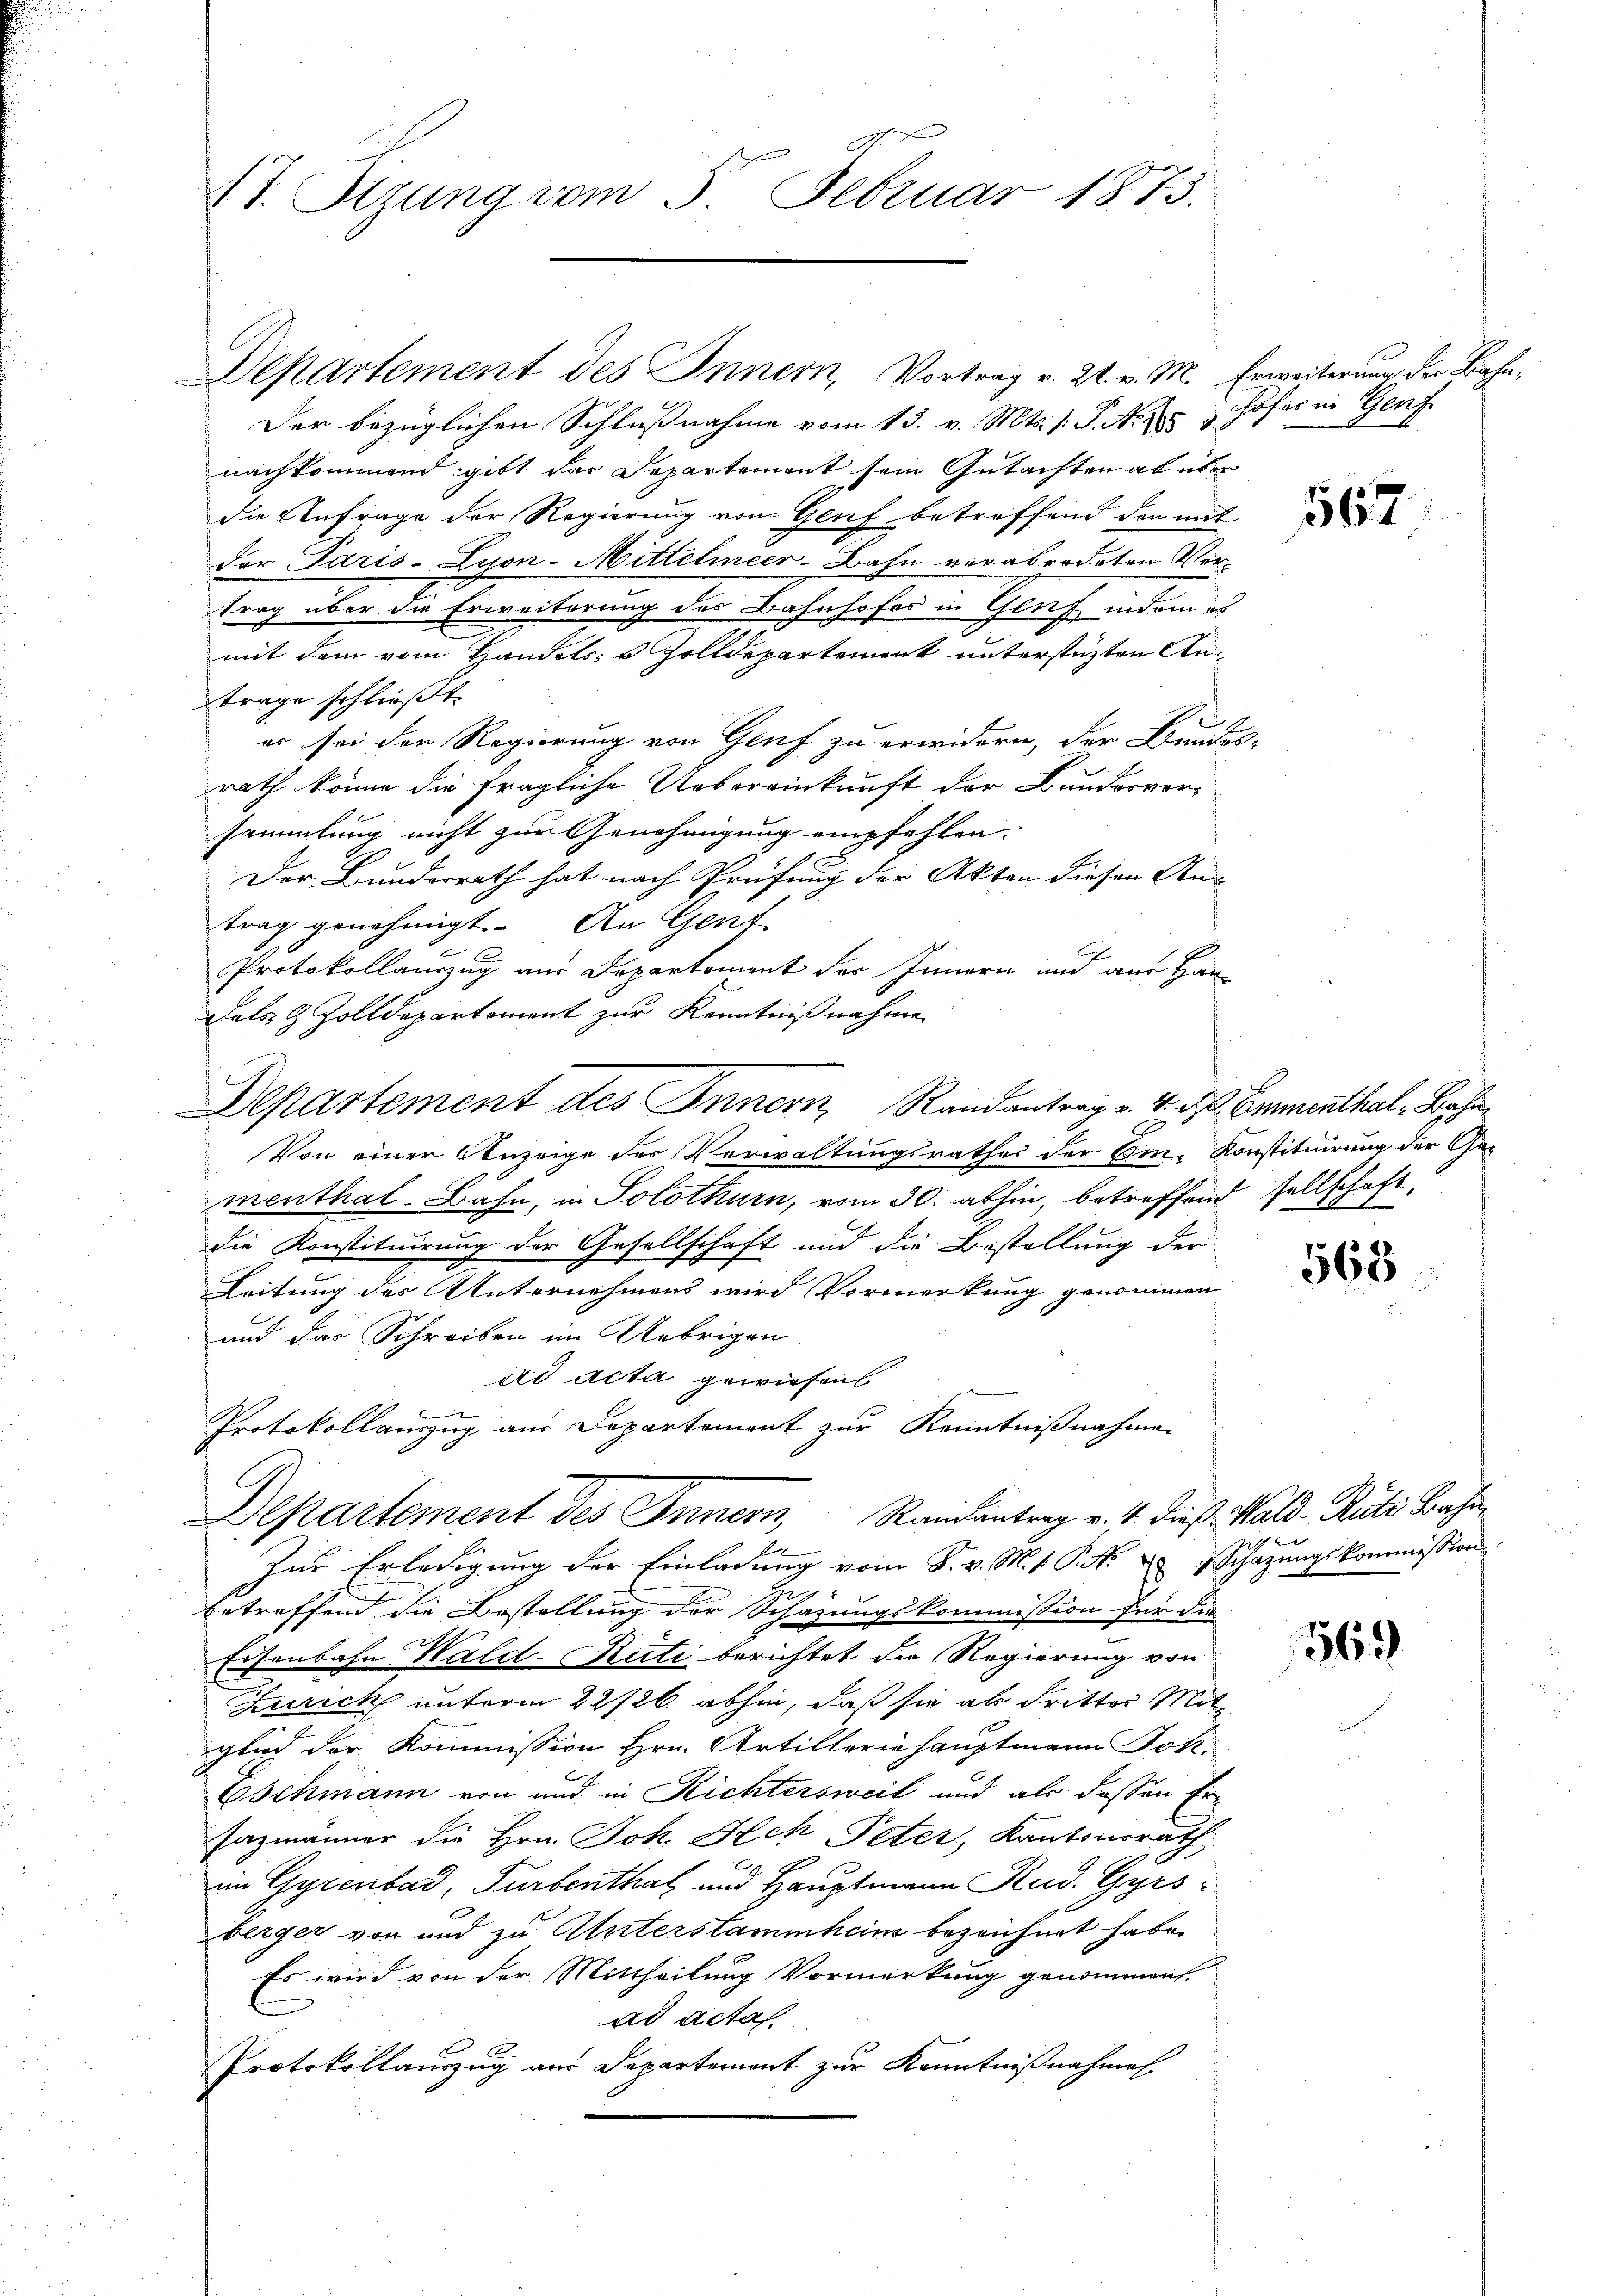
(1. Stzung vom 5. Februar 1873.

Der bezüglichen Schlußnahme vom 13. v. Mts. s. S. Nr. 25
nachkommend gibt das Departement sein Gutachten ab über
die Anfrage der Regierung von Gluf betreffend den mit
der Paris-Zyon-Mittelmeer- Bahn verabredeten Ver-
trag über die Erweiterung des Bahnhofer in Genf indem es
mit dem vom Handels- & Zolldepartement unterstüzten Antrage schließt:
es sei der Regierung von Genf zu erwidern, der Bundes
rath könne die fragliche Uebereinkunft der Bundesversammlung nicht zur Genehmigung empfehlen.
e
Der Bunderrath hat nach Prüfung der Akten diesen Aus
trag genehmigt. An Gent
Protokollauszug aus Departement der Innern und aus Handals & Zolldepartement zur Kenntnißnahme
Von einer Anzeige des Verwaltungsrathes der Binz-Konstituirung der Gementhal. Bahn, in Solothurn, vom 30. abhin, betreffend sellschaft
die Konstituirung der Gesellschaft und die Bestellung der
Leitung des Unternehmens wird Vormerkung genommen
und das Schreiben im Uebrigen
dd Acta gewiesen.
Protokollanzug aus Departement zur Kenntnißnahme
Departement des Innern Randantrag v. 11. dieß. Wald–Rüti Bahn
Zur Erledigung der Einladung vom 8. v. M. v. P. N. 3 Schatzŭngskommission
betreffend die Bestellung der Schazungskommission für die
Eisenbahn Wald-Rüti berichtet die Regierung von
Zürich unterm 22/26. abhin, daß sie als dritter Mit-
glied der Kommission Hrn. Artilleriehauptmann Joh.
Eschmann von und in Richtersweil und als dessen Er¬
Jazmänner die Hrn. Joh. Ach Peter, Kantonsrath
im Gyrenbad, Turbenthal und Hauptmann Rud. Gyrsberger von und zu Unterstammheim bezeichnet habe.
Es wird von der Mittheilung Vormerkung genommen.
ad acta
2
Protokollauszug aus Departement zur Kenntnißnahmen.

Departement des Innern, Randantrag v. 4. d. Emmenthal, Bahn

Departement des Innern, Vortrag v. 21. v. M. Erweiterung der Bahn¬

Hofes in Genf

567

568

u

1563